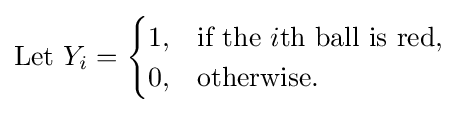
{\text{Let }}Y_{i}={\begin{cases}1,&{\text{if the }}i{\text{th ball is red}},\\0,&{\text{otherwise}}.\end{cases}}